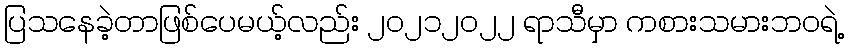
ပြသနေခဲ့တာဖြစ်ပေမယ့်လည်း ၂၀၂၁၂၀၂၂ ရာသီမှာ ကစားသမားဘဝရဲ့